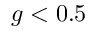
g < 0 . 5